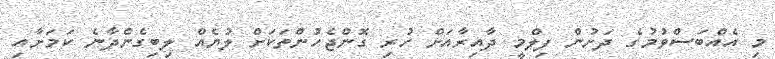
މި އެއްބަސްވުމުގެ ދަށުން ފިލްމީ ދާއިރާއަށް ހުރި ގޮންޖެހުންތަކަށް ލުޔެއް ލިބިގެންދާނެ ކަމަށާއި